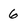
Character: 6